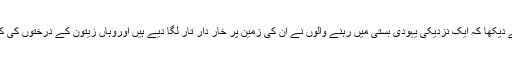
آج صبح انھوں نے دیکھا کہ ایک نزدیکی یہودی بستی میں رہنے والوں نے ان کی زمین پر خار دار تار لگا دیے ہیں اوروہاں زیتون کے درختوں کی کاشت کر دی ہے ۔